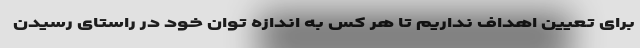
برای تعیین اهداف نداریم تا هر کس به اندازه توان خود در راستای رسیدن